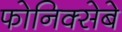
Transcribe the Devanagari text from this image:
फोनिक्सेबे